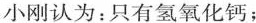
小刚认为：只有氢氧化钙；